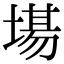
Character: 𭏍